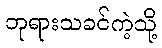
ဘုရားသခင်ကဲ့သို့